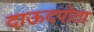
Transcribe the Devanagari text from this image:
दाऊदपोता